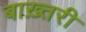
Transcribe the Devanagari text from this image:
बाख़्तरी